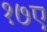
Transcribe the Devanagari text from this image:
१७ए